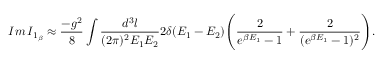
I m \, I _ { 1 _ { \beta } } \approx \frac { - g ^ { 2 } } { 8 } \int \frac { d ^ { 3 } l } { ( 2 \pi ) ^ { 2 } E _ { 1 } E _ { 2 } } 2 \delta ( E _ { 1 } - E _ { 2 } ) \Bigg ( \frac { 2 } { e ^ { \beta E _ { 1 } } - 1 } + \frac { 2 } { ( e ^ { \beta E _ { 1 } } - 1 ) ^ { 2 } } \Bigg ) .